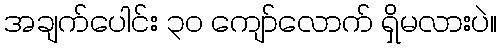
အချက်ပေါင်း ၃၀ ကျော်လောက် ရှိမလားပဲ။